Calcutta medical institutions reports 1879-81 [i.e.91]
Year: 1879
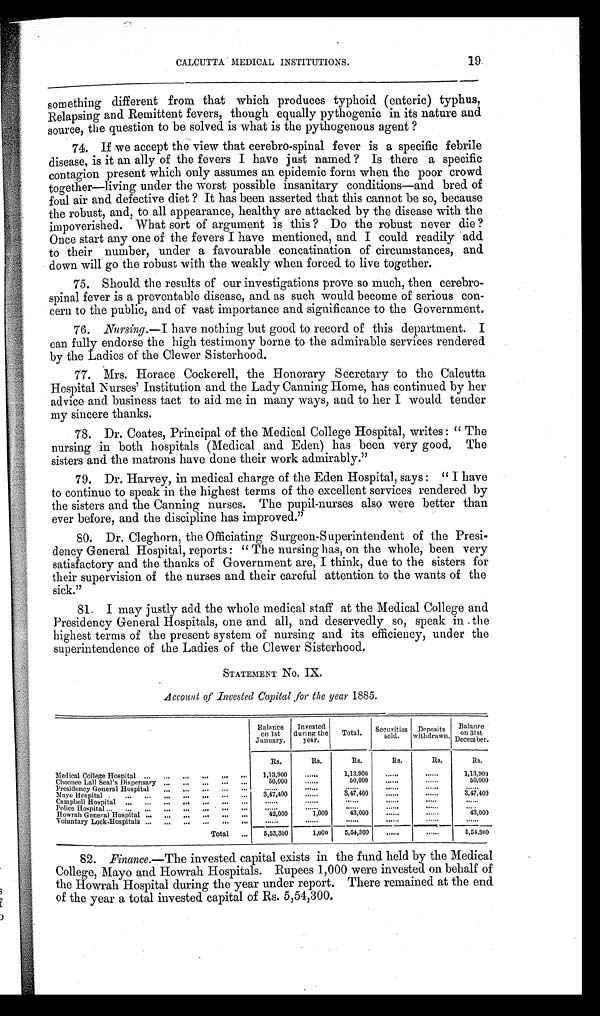
CALCUTTA MEDICAL INSTITUTIONS. 19.
something different from that which produces typhoid (enteric) typhus,
Relapsing and Remittent fevers, though equally pythogenic in its nature and
source, the question to be solved is what is the pythogenous agent?
74. If we accept the view that cerebro-spinal fever is a specific febrile
disease, is it an ally of the fevers I have just named? Is there a specific
contagion present which only assumes an epidemic form when the poor crowd
together—living under the worst possible insanitary conditions—and bred of
foul air and defective diet? It has been asserted that this cannot be so, because
the robust, and, to all appearance, healthy are attacked by the disease with the
impoverished. What sort of argument is this? Do the robust never die?
Once start any one of the fevers I have mentioned, and I could readily add
to their number, under a favourable concatination of circumstances, and
down will go the robust with the weakly when forced to live together.
75. Should the results of our investigations prove so much, then cerebro-
spinal fever is a preventable disease, and as such would become of serious con-
cern to the public, and of vast importance and significance to the Government.
76.
Nursing. —I have nothing but good to record of this department. I
can fully endorse the high testimony borne to the admirable services rendered
by the Ladies of the Clewer Sisterhood.
77. Mrs. Horace Cockerell, the Honorary Secretary to the Calcutta
Hospital Nurses' Institution and the Lady Canning Home, has continued by her
advice and business tact to aid me in many ways, and to her I would tender
my sincere thanks.
78. Dr. Coates, Principal of the Medical College Hospital, writes: "The
nursing in both hospitals (Medical and Eden) has been very good, The
sisters and the matrons have done their work admirably."
79. Dr. Harvey, in medical charge of the Eden Hospital, says: "I have
to continue to speak in the highest terms of the excellent services rendered by
the sisters and the Canning nurses. The pupil-nurses also were better than
ever before, and the discipline has improved."
80. Dr. Cleghorn, the Officiating Surgeon-Superintendent of the Presi-
dency General Hospital, reports: "The nursing has, on the whole, been very
satisfactory and the thanks of Government are, I think, due to the sisters for
their supervision of the nurses and their careful attention to the wants of the
sick."
81. I may justly add the whole medical staff at the Medical College and
Presidency General Hospitals, one and all, and deservedly so, speak in the
highest terms of the present system of nursing and its efficiency, under the
superintendence of the Ladies of the Clewer Sisterhood.
STATEMENT No. IX.
Account of Invested Capital for the year 1885.
Balance
on 1st
January.
Invested
during the
year.
Total. Securities
sold.
Deposits
withdrawn.
Balance
on 31st
December.
Rs.
Rs.
Rs.
Rs.
Rs.
Rs.
Medical College Hospital
1,13,900
1,13.900
1,13,900
Choonee Lall Seal's Dispensary
50,000
50,000
50,000
Presidency General Hospital
Mayo Hospital
3,47,400
3,47,400
3,47,400
Campbell Hospital
Police Hospital
..
Howrah General Hospital
42,000
1,000
43,000
4 3 , 0 0 0
Voluntary Lock-Hospitals
Total
5,53,300
1,000
5,54,300
5,54,300
82. Finance .—The invested capital exists in the fund held by the Medical
College, Mayo and Howrah Hospitals. Rupees 1,000 were invested on behalf of
the Howrah Hospital during the year under report. There remained at the end
of the year a total invested capital of Rs. 5,54,300.